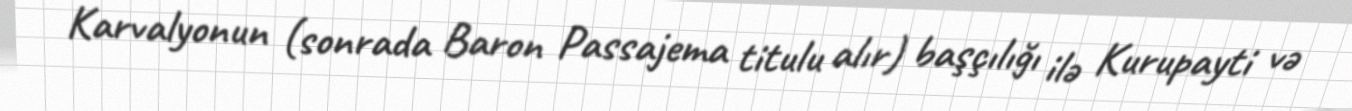
Karvalyonun (sonrada Baron Passajema titulu alır) başçılığı ilə Kurupayti və